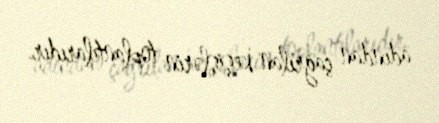
adından çağrılan keşişlərin toplantılarıdır.